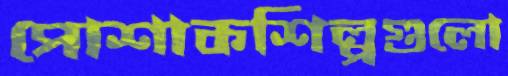
পোশাকশিল্পগুলো